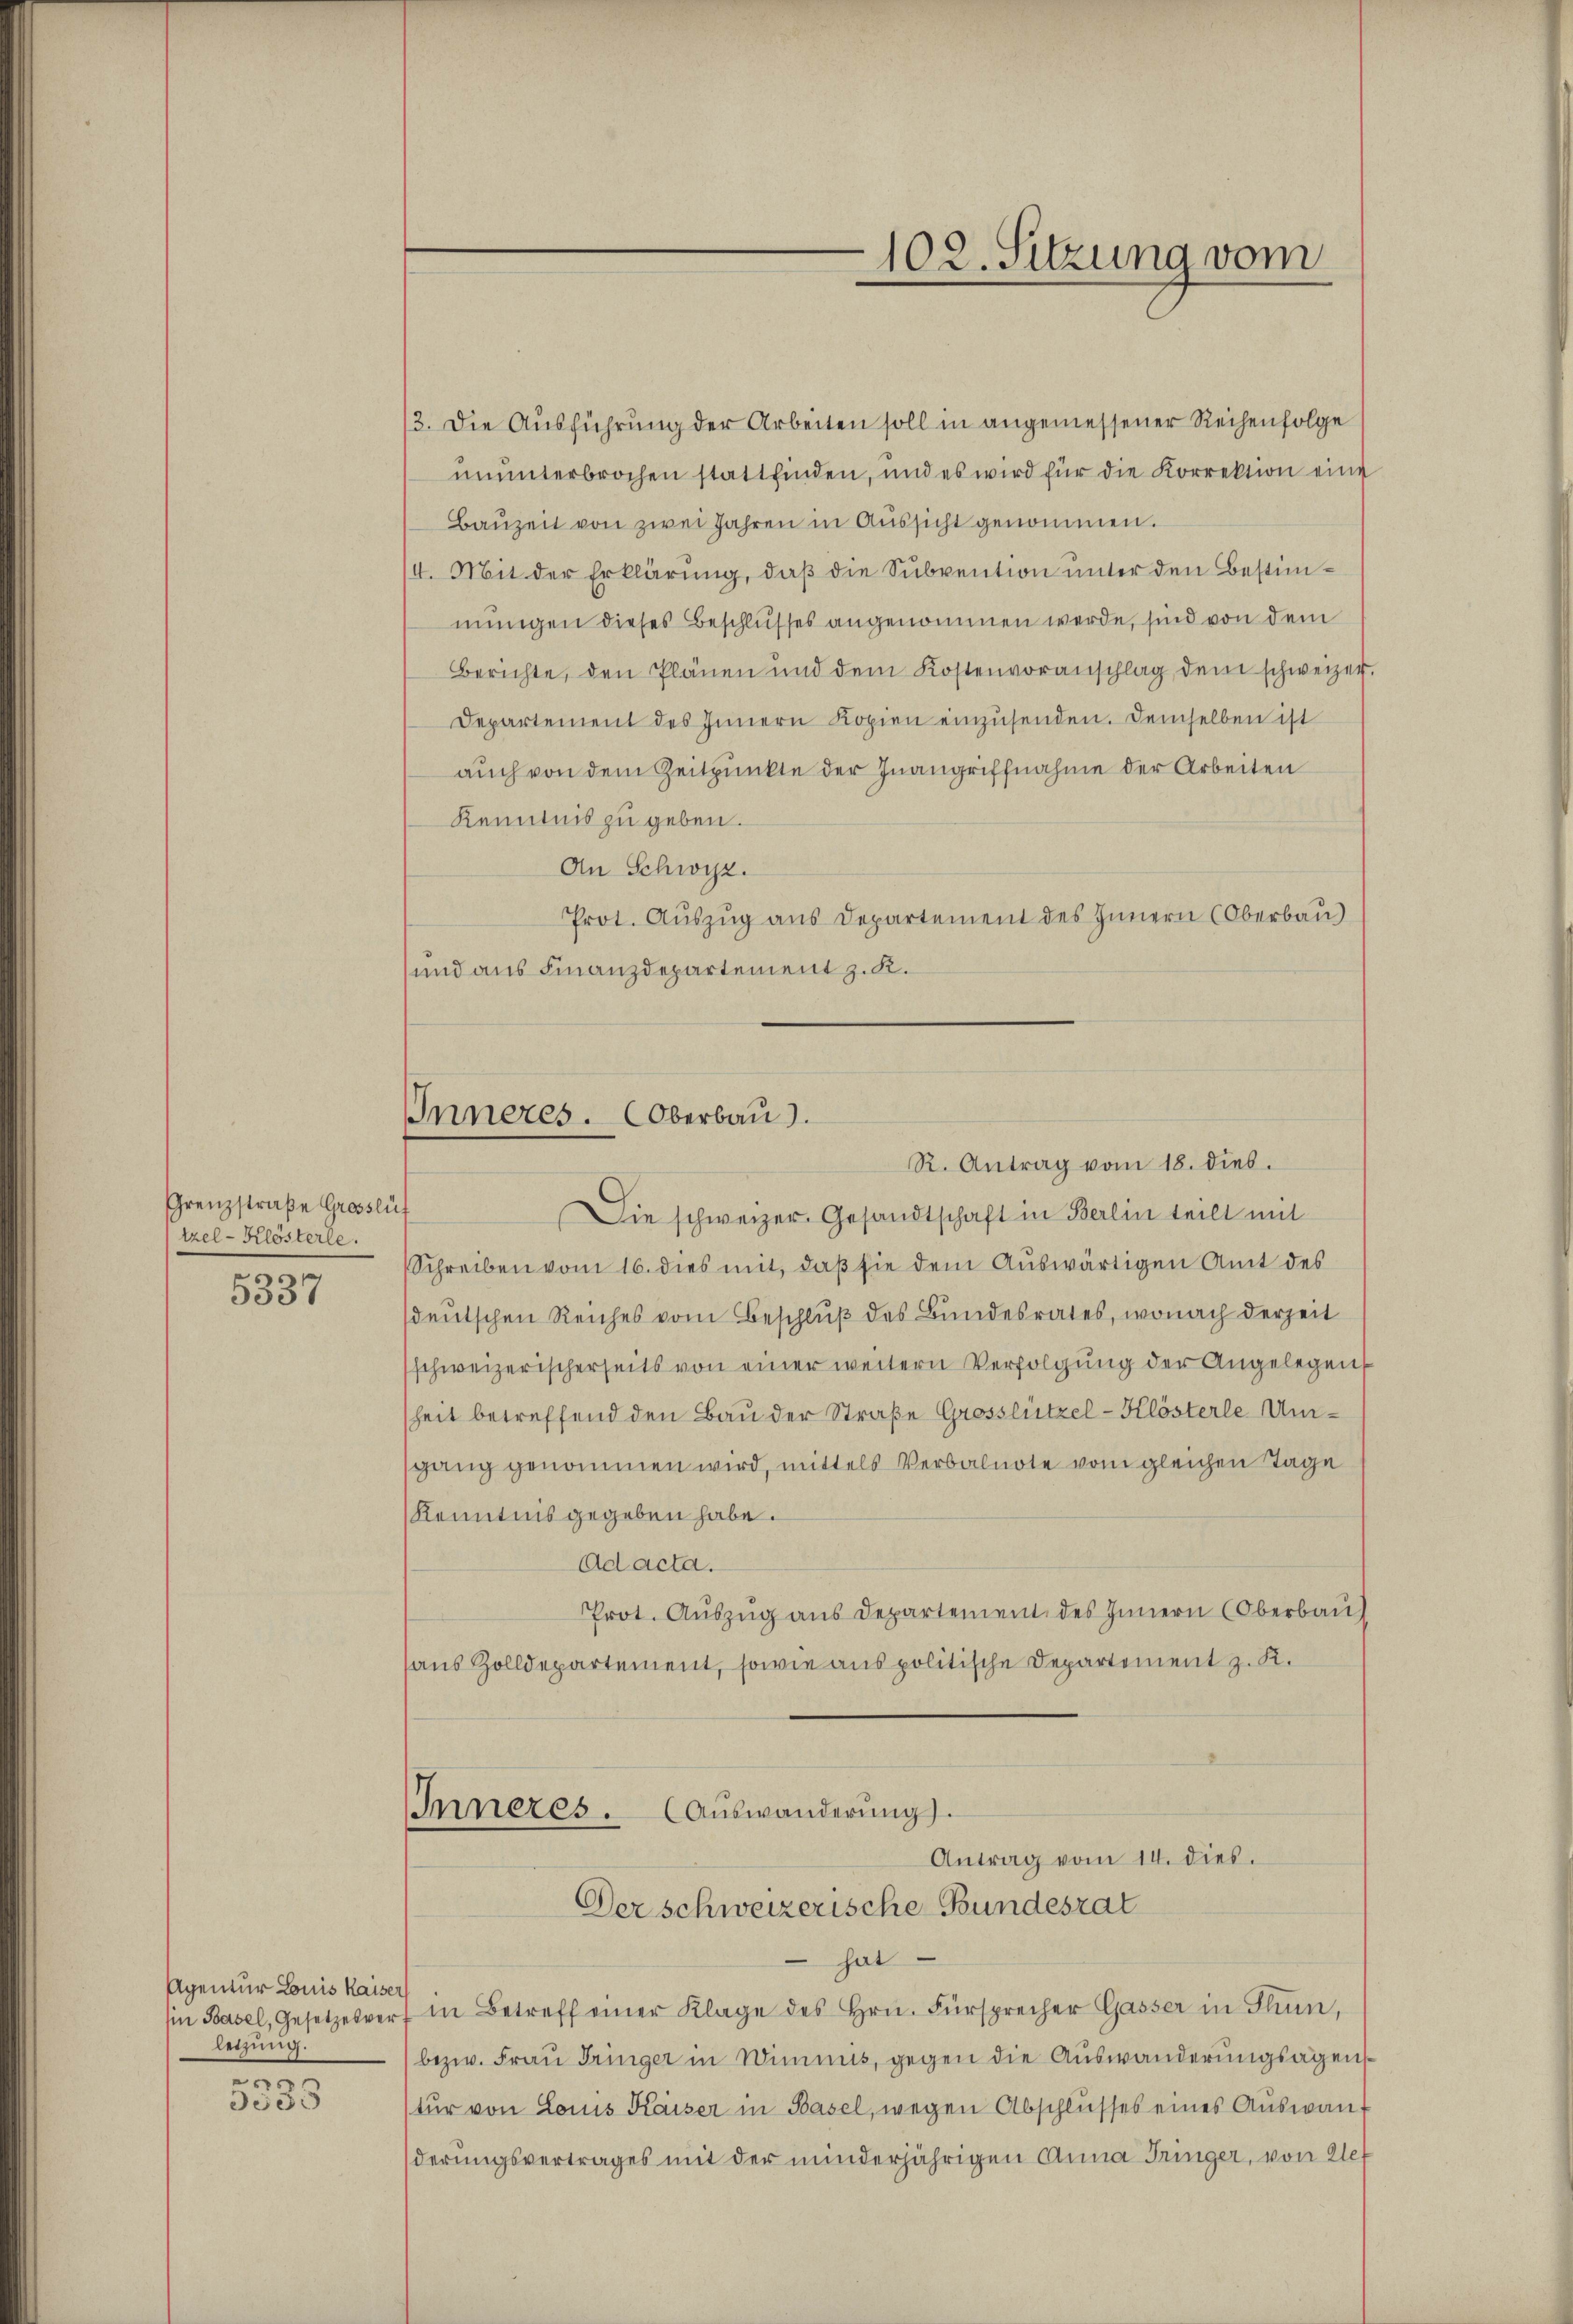
Grenzstraße Grosslüf
tzel - Klösterle.
n
5537

Agentur Louis Kaiser
Ein Basel, Gesetzesver
letzung.
.
5333

/3. die Ausführung der Arbeiten soll in angemessener Reihenfolge
ununterbrochen stattfinden, und es wird für die Korrektion eine
Bauzeit von zwei Jahren in Aussicht genommen.
I. Mit der Erklärung, daß die Subvention unter den Bestimmungen dieses Beschlusses angenommen werde, sind von dem
Berichte, den Plänen und dem Kostenvoranschlag dem schweizer.
Departement des Innern Kopien einzŭsenden. Demselben ist
auch von dem Zeitpunkte der Inangriffnahme der Arbeiten
Kenntnis zu geben.
An Schwyz.
Prot. Auszug aus Departement des Innern (Oberbau)
und aus Finanzdepartement z. K.
Inneres. Oberbau).
R. Antrag vom 18. dieb.
Die schweizer. Gesandtschaft in Berlin teilt mit
Schreiben vom 16. dies mit, daß sie dem Auswärtigen Amt des
sdeutschen Reiches vom Beschluß des Bundesrates, wonach derzeit
schweizerischerseits von einer weitern Verfolgung der Angelegen
sheit betreffend den Bau der Straße Grosslützel - Klösterle Umgang genommen wird, mittels Verbalnote vom gleichen Tage
Kenntnis gegeben habe.
Ad acta.
Prot. Auszug aus Departement des Innern (Oberbau
aus Zolldepartement, sowie aus politische Departement z. R.
Inneres. (Auswanderŭng.

102. Sitzung vom

Antrag vom 14. dies.
Der schweizerische Bundesrat

hat
in Betreff einer Klage des Hrn. Fürsprecher Gasser in Thun,
bezw. Frau Tringer in Wimmis, gegen die Auswanderungsagenstŭr von Louis Kaiser in Basel, wegen Abschlŭsses eines Aŭswanderungsvertrages mit der minderjährigen Anna Tringer, von Wet